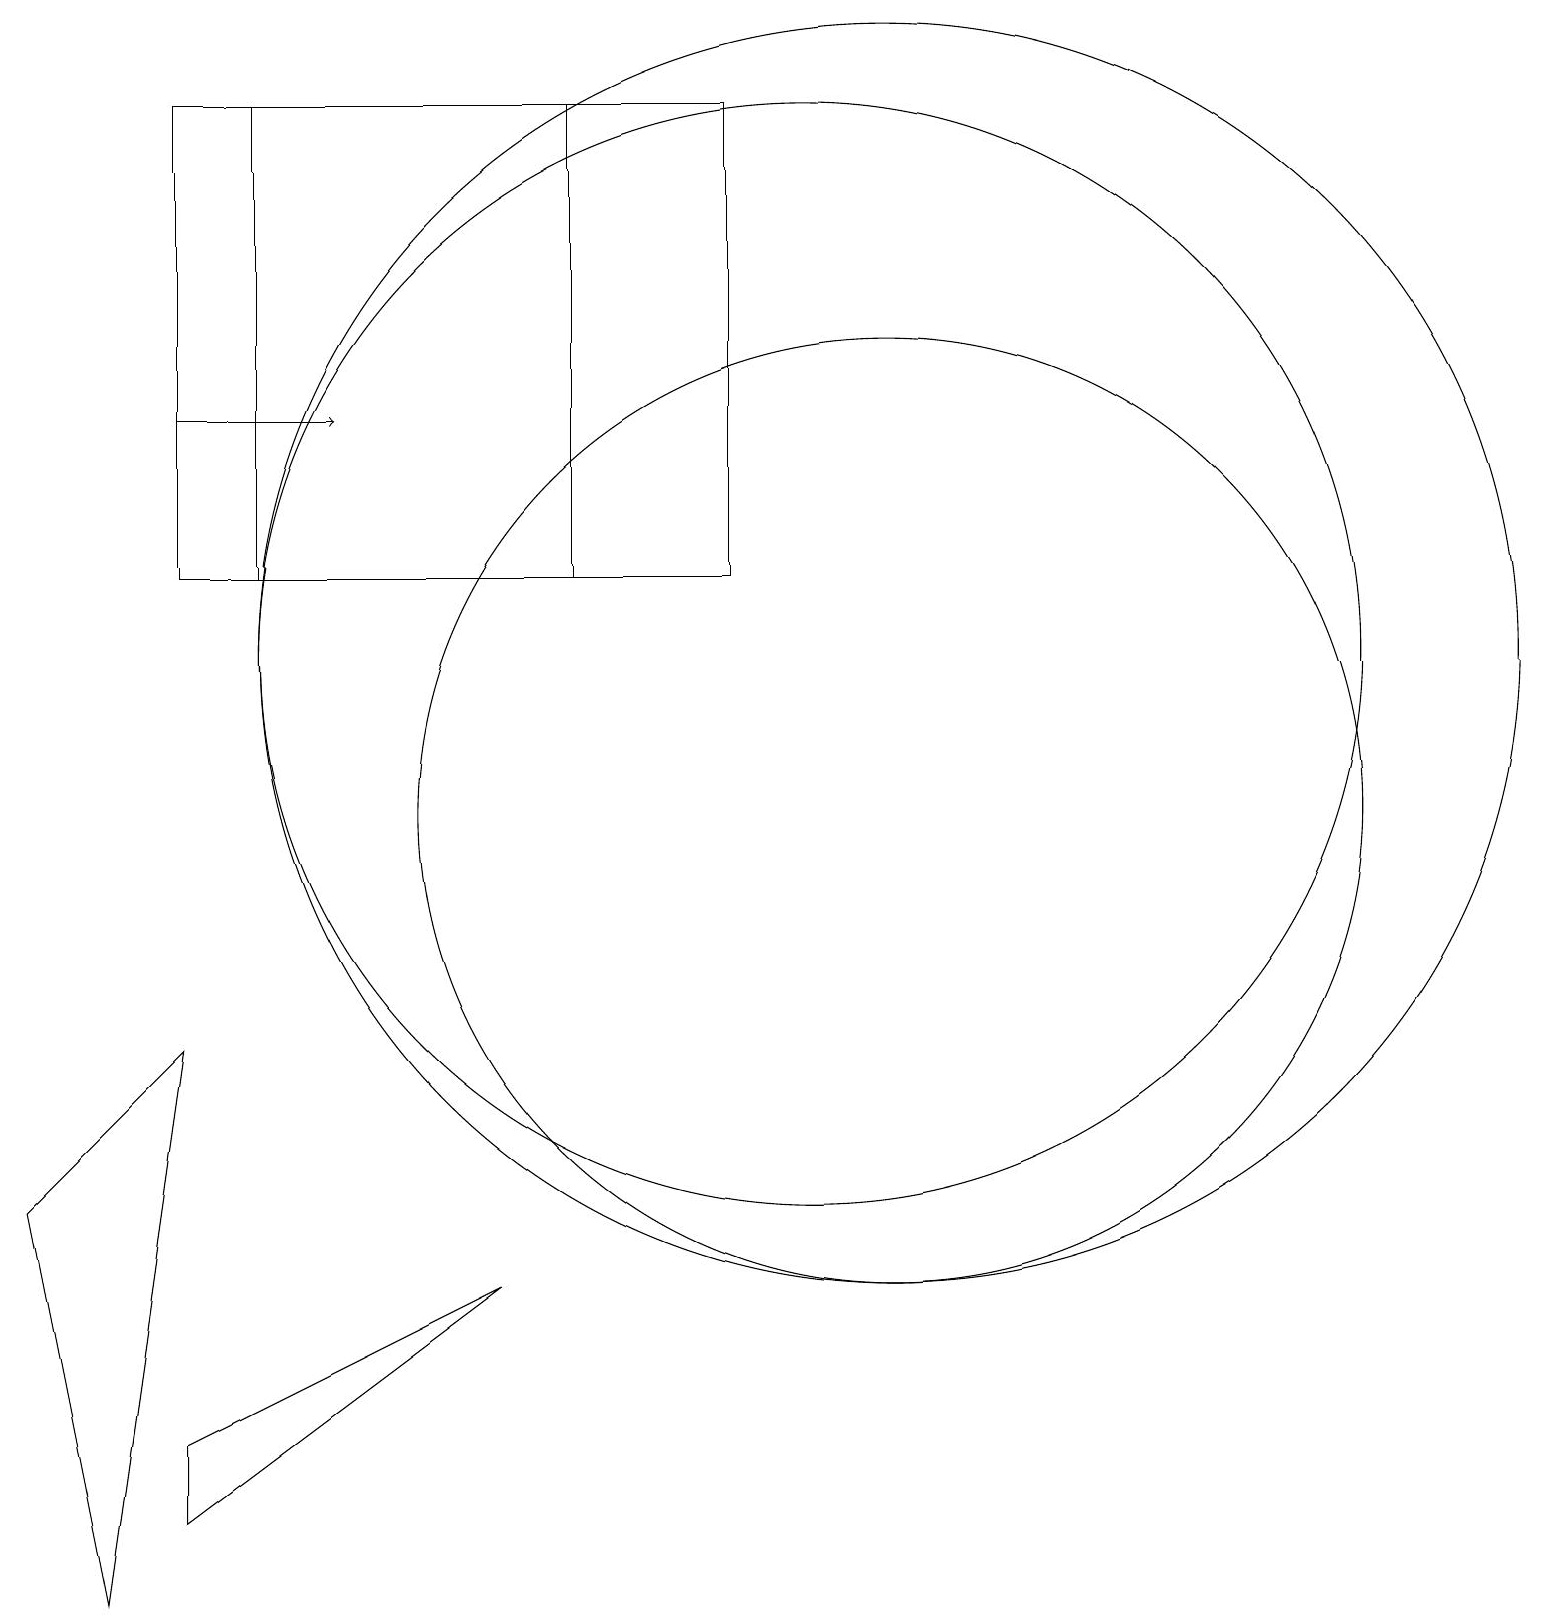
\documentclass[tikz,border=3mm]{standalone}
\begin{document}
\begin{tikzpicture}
\draw (11,12) circle (8);
\draw (11,10) circle (6);
\draw (0,5) -- (2,7) -- (1,0) -- cycle;
\draw[->] (2,15) -- (4,15);
\draw (10,12) circle (7);
\draw (9,13) rectangle (3,19);
\draw (2,2) -- (2,1) -- (6,4) -- cycle;
\draw (7,13) rectangle (2,19);
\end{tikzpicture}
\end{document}